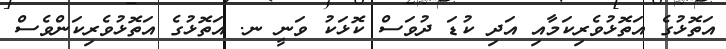
އަތޮޅުގެ އަތޮޅުވެރިކަމާއި އަދި ކުޑަ ދުވަސް ކޮޅަކު ވަނީ ނ. އަތޮޅުގެ އަތޮޅުވެރިކަންވެސް